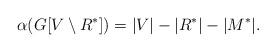
LaTeX: \begin{align*}\alpha(G[V\setminus R^*]) = |V| - |R^*| - |M^*|.\end{align*}